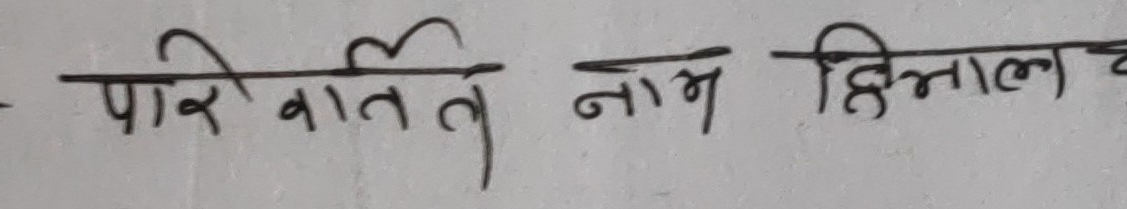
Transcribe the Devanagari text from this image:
- पारिवारिक नाम हिमालय